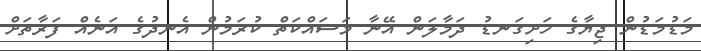
މަޑުމަޑުން ޖިޔާގެ ހަށިގަނޑު ދަމާލަން އޭނާ މަސައްކަތް ކުރަމުން އެނދުގެ އަނެއް ފަރާތަށް